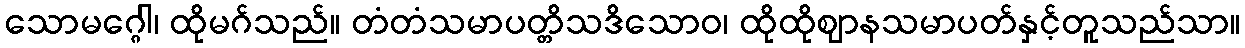
သောမဂ္ဂေါ၊ ထိုမဂ်သည်။ တံတံသမာပတ္တိသဒိသောဝ၊ ထိုထိုဈာနသမာပတ်နှင့်တူသည်သာ။